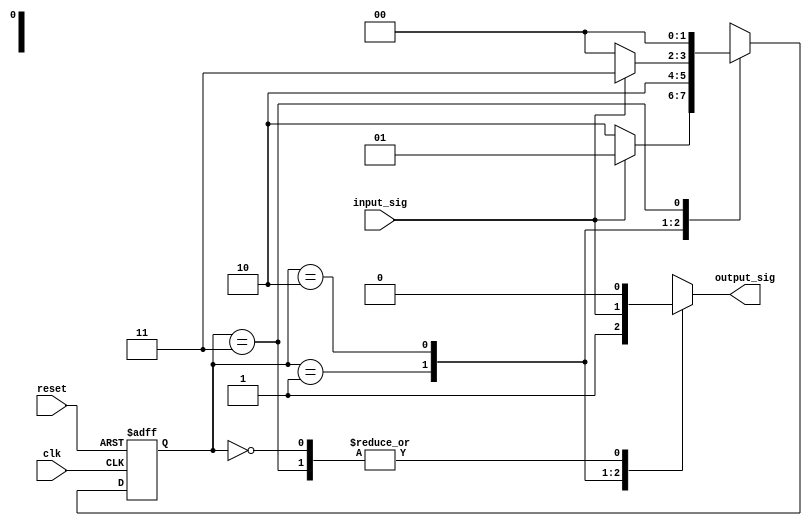
module state_machine (
    input wire clk,
    input wire reset,
    input wire input_sig,
    output reg output_sig
);

// Declare states
parameter STATE_A = 2'b00;
parameter STATE_B = 2'b01;
parameter STATE_C = 2'b10;
parameter STATE_D = 2'b11;

// Declare state register
reg [1:0] state, next_state;

always @ (posedge clk or posedge reset) begin
    if (reset) begin
        state <= STATE_A;
    end else begin
        state <= next_state;
    end
end

// State machine logic
always @ (*) begin
    case (state)
        STATE_A: begin
            if (input_sig) begin
                next_state = STATE_B;
            end else begin
                next_state = STATE_C;
            end
        end
        STATE_B: begin
            next_state = STATE_C;
        end
        STATE_C: begin
            if (input_sig) begin
                next_state = STATE_D;
            end else begin
                next_state = STATE_A;
            end
        end
        STATE_D: begin
            next_state = STATE_A;
        end
        default: begin
            next_state = STATE_A;
        end
    endcase
end

// Output logic
always @ (*) begin
    case (state)
        STATE_A: begin
            output_sig = 1'b0;
        end
        STATE_B: begin
            output_sig = 1'b1;
        end
        STATE_C: begin
            output_sig = input_sig;
        end
        STATE_D: begin
            output_sig = 1'b0;
        end
        default: begin
            output_sig = 1'b0;
        end
    endcase
end

endmodule